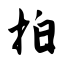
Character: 拍